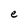
Character: e